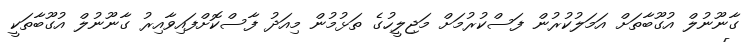
ގާނޫނުލް އުގޫބާތަށް އަމަލުކުރުން ފަސްކުރުމަށް މަޖިލީހުގެ ތަޅުމުން މިއަދު ފާސްކޮށްފައިވާއިރު ގާނޫނުލް އުގޫބާތަކީ